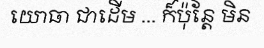
យោធា ជាដើម ... ក៏ប៉ុន្តែ មិន